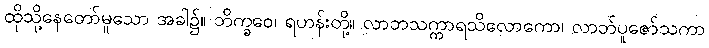
ထိုသို့နေတော်မူသော အခါ၌။ ဘိက္ခဝေ၊ ရဟန်းတို့။ လာဘသက္ကာရသိလောကော၊ လာဘ်ပူဇော်သကာ